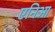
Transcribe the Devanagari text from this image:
एनिआ